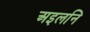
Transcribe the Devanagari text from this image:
अइलनि